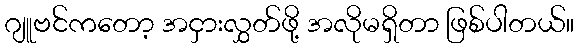
ဂျူဗင်ကတော့ အငှားလွှတ်ဖို့ အလိုမရှိတာ ဖြစ်ပါတယ်။